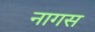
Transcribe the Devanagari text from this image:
नागस